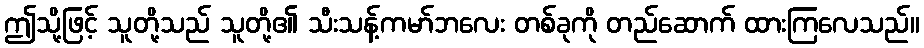
ဤသို့ဖြင့် သူတို့သည် သူတို့၏ သီးသန့်ကမာ်ဘလေး တစ်ခုကို တည်ဆောက် ထားကြလေသည်။